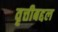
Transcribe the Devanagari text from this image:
वृत्तीबद्दल